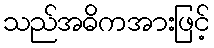
သည်အဓိကအားဖြင့်